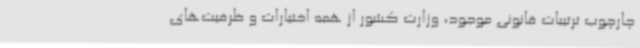
چارچوب ترتیبات قانونی موجود، وزارت کشور از همه اختیارات و ظرفیت‌های